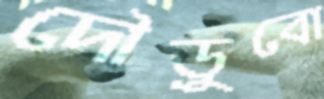
দৌড়ুবো